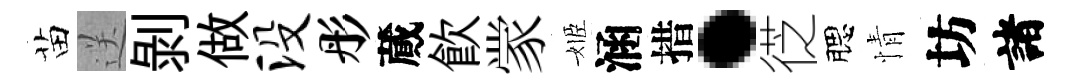
苗送剥做没彤蕆飮䝉姬涵措·徔腮情坊諸